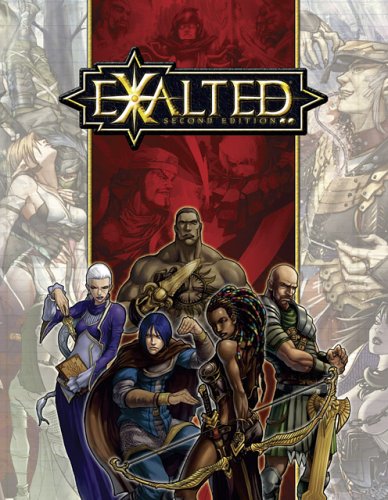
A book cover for Exalted, Second Edition; Alan Alexander; Science Fiction & Fantasy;